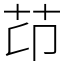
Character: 䒢